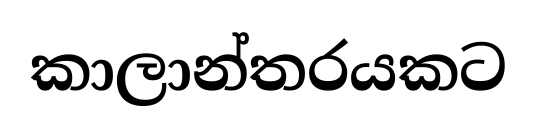
කාලාන්තරයකට